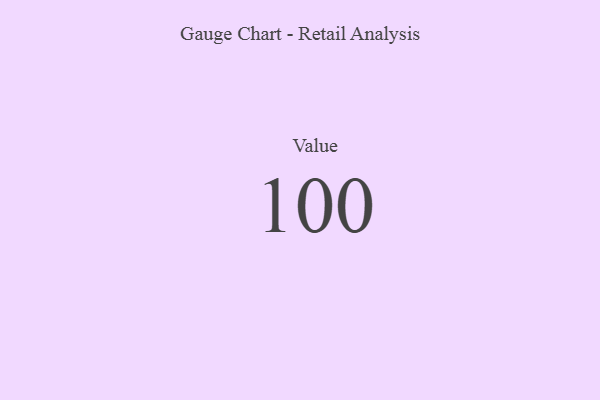
{"axis": {"x": "Metric", "y": "Value"}, "legend": [""], "data": [{"x": "Value", "y": 100, "type": ""}]}